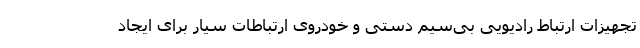
تجهیزات ارتباط رادیویی بی‌سیم دستی و خودروی ارتباطات سیار برای ایجاد